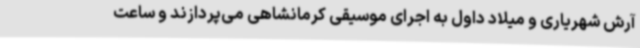
آرش شهریاری و میلاد داول به اجرای موسیقی کرمانشاهی می‌پردازند و ساعت